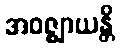
အဝဇ္ဈာယန္တိ